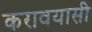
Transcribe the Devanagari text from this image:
करावयासी